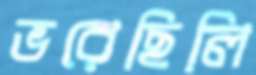
ভরেছিলি